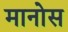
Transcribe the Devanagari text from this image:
मानोस